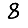
Digit: 8